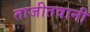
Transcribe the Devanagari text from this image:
ताजीतवानी